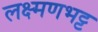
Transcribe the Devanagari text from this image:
लक्ष्मणभट्ट